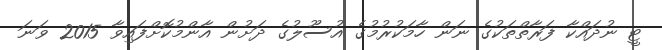
ޓީ ނުދައްކާ ފަރާތްތަކުގެ ނަން ހާމަކުރުމުގެ އުސޫލުގެ ދަށުން އާންމުކޮށްފައިވާ 2015 ވަނަ